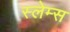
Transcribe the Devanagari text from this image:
स्लेम्स